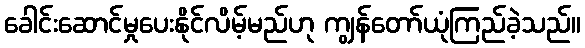
ခေါင်းဆောင်မှုပေးနိုင်လိမ့်မည်ဟု ကျွန်တော်ယုံကြည်ခဲ့သည်။